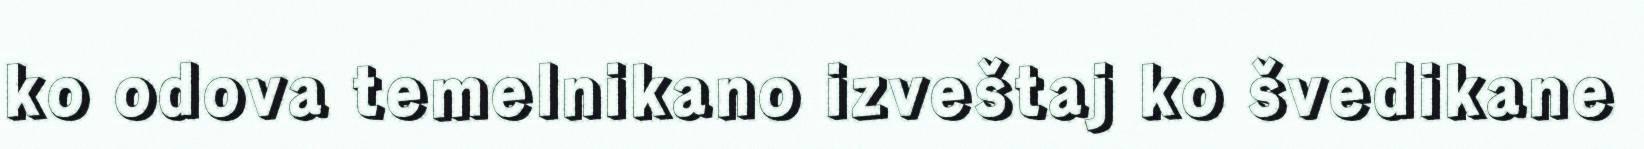
ko odova temelnikano izveštaj ko švedikane